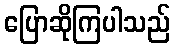
ပြောဆိုကြပါသည်